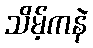
သိမ့်ကနဲ